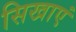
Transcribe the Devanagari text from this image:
सिखाएं